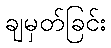
ချမှတ်ခြင်း